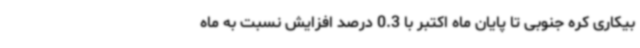
بیکاری کره جنوبی تا پایان ماه اکتبر با 0.3 درصد افزایش نسبت به ماه